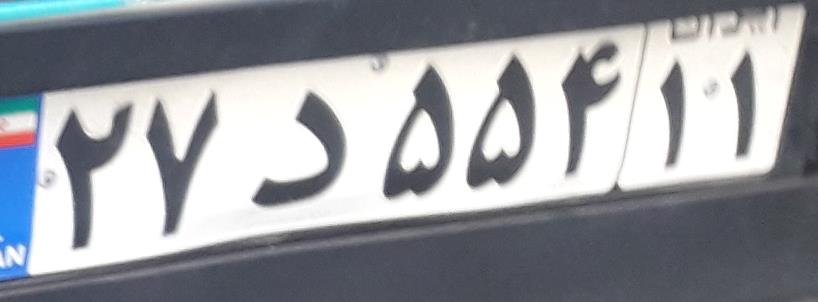
۲۷د۵۵۴۱۱